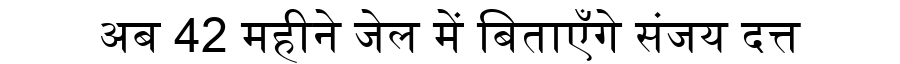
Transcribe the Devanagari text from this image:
अब 42 महीने जेल में बिताएँगे संजय दत्त